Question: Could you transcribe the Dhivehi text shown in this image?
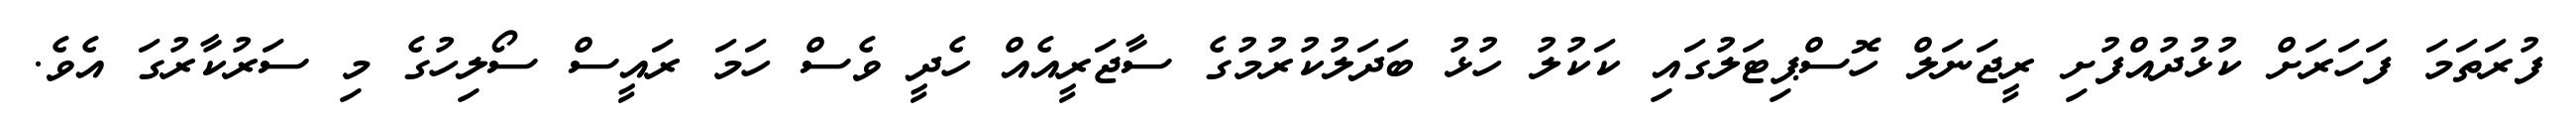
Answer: ފުރަތަމަ ފަހަރަށް ކުޅުދުއްފުށި ރީޖަނަލް ހޮސްޕިޓަލުގައި ކަކުލު ހުޅު ބަދަލުކުރުމުގެ ސާޖަރީއެއް ހެދީ ވެސް ހަމަ ރައީސް ސޯލިހުގެ މި ސަރުކާރުގަ އެވެ.